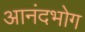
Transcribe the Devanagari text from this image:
आनंदभोग